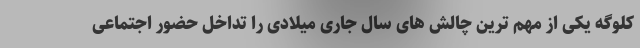
کلوگه یکی از مهم ترین چالش های سال جاری میلادی را تداخل حضور اجتماعی